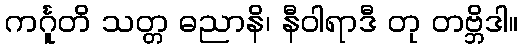
ကင်္ဂူတိ သတ္တ ဓညာနိ၊ နီဝါရာဒီ တု တဗ္ဘိဒါ။